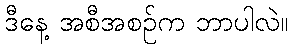
ဒီနေ့ အစီအစဉ်က ဘာပါလဲ။